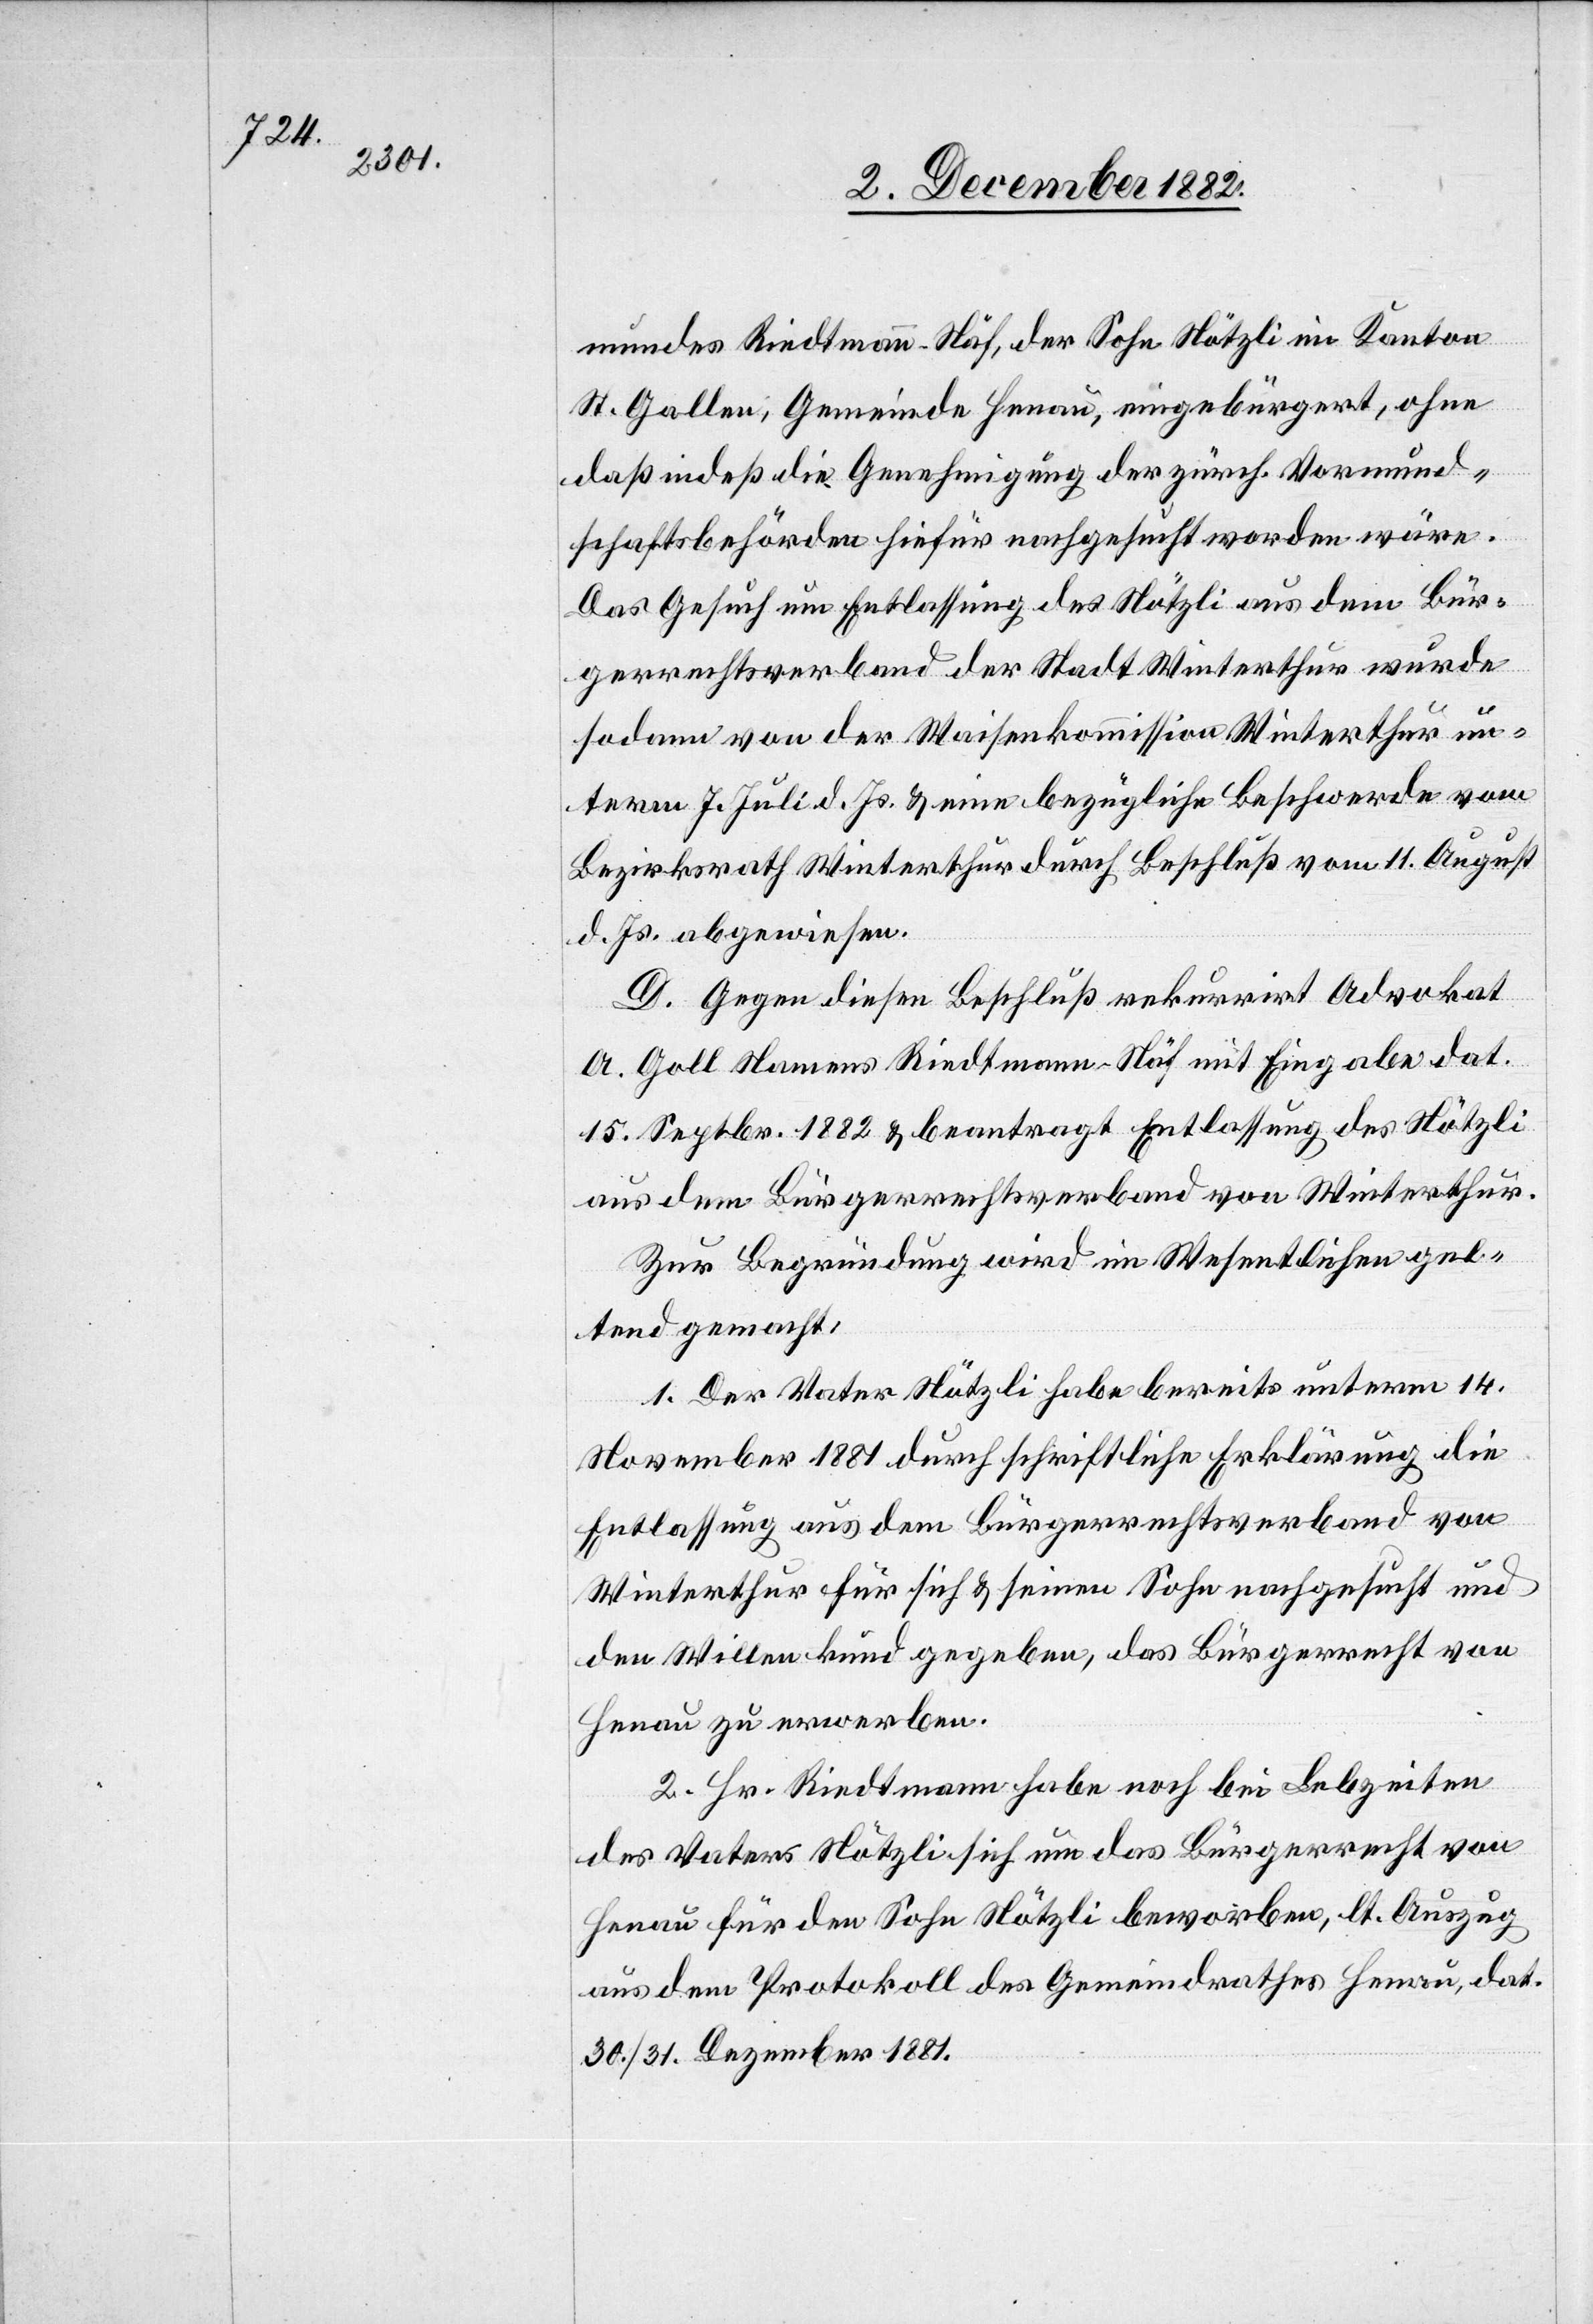
mundes Riedtmann-Näf, der Sohn Nötzli im Kanton
St. Gallen, Gemeinde Henau, eingebürgert, ohne
daß indeß die Genehmigung der zürch. Vormund¬
schaftsbehörden hiefür nachgesucht worden wäre.
Das Gesuch um Entlassung des Nötzli aus dem Bür¬
gerrechtsverband der Stadt Winterthur wurde
sodann von der Waisenkommission Winterthur un¬
term 7. Juli d. Js. & eine bezügliche Beschwerde vom
Bezirksrath Winterthur durch Beschluß vom 11. August
d. Js. abgewiesen.
D. Gegen diesen Beschluß rekurrirt Advokat
A. Goll Namens Riedtmann-Näf mit Eingabe dat.
15. Septbr. 1882 & beantragt Entlassung des Nötzli
aus dem Bürgerrechtsverband von Winterthur.
Zur Begründung wird im Wesentlichen gel¬
tend gemacht:
1. Der Vater Nötzli habe bereits unterm 14.
November 1881 durch schriftliche Erklärung die
Entlassung aus dem Bürgerrechtsverband von
Winterthur für sich & seinen Sohn nachgesucht und
den Willen kund gegeben, das Bürgerrecht von
Henau zu erwerben.
2. Hr. Riedtmann habe noch bei Lebzeiten
des Vaters Nötzli sich um das Bürgerrecht von
Henau für den Sohn Nötzli beworben, lt. Auszug
aus dem Protokoll des Gemeindrathes Henau, dat.
30./31. Dezember 1881.